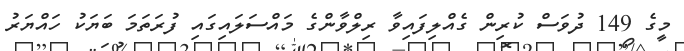
މީގެ 149 ދުވަސް ކުރިން ގެއްލިފައިވާ ރިލްވާންގެ މައްސަލައިގައި ފުރަތަމަ ބަޔަކު ހައްޔަރު